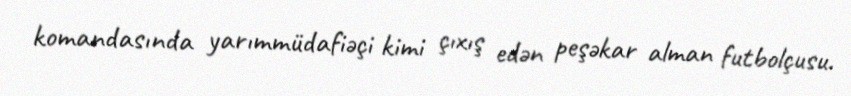
komandasında yarımmüdafiəçi kimi çıxış edən peşəkar alman futbolçusu.